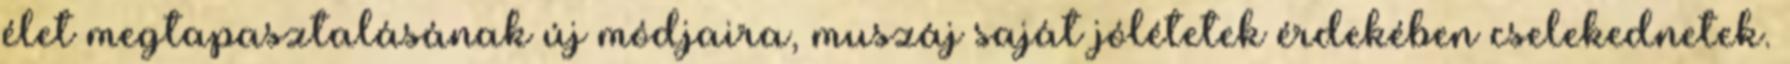
élet megtapasztalásának új módjaira, muszáj saját jólétetek érdekében cselekednetek.